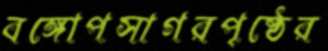
বঙ্গোপসাগরপৃষ্ঠের